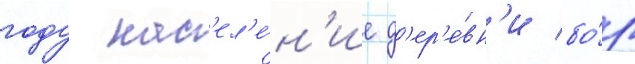
году нас'ел'е́н'ие д'ер'е́вн'и бо́р